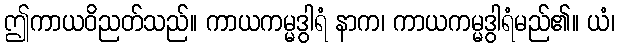
ဤကာယဝိညတ်သည်။ ကာယကမ္မဒွါရံ နာက၊ ကာယကမ္မဒွါရံမည်၏။ ယံ၊